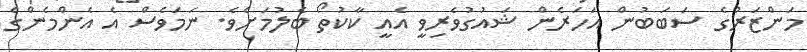
މަންޒަރުގެ ސަބަބުން އަހަރެން ޝައުގުވެރިވީ އެއީ ކާކުތޯ ބެލުމަށެވެ. ނަމަވެސް އެ އެންމެންގެ